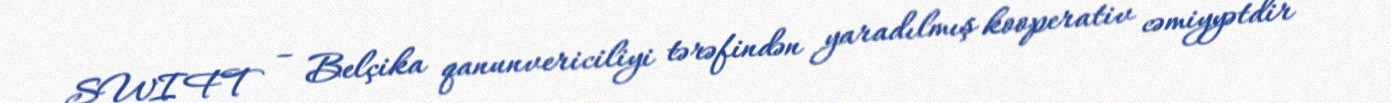
SWIFT – Belçika qanunvericiliyi tərəfindən yaradılmış kooperativ cəmiyyətdir və